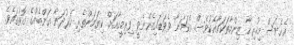
އެހެނަސް މިހުރިހާ ޒިންމާތަކަކާއެކުވެސް އެކަމަނާ ވެވަޑައިގެންނެވީ ފިރިމީހާއަށް ކިޔަމަންތެރި ހަރުދަނާ އަންބެއްގެ ގޮތުގައެވެ.